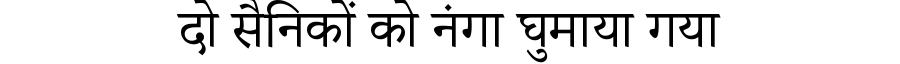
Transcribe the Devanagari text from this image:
दो सैनिकों को नंगा घुमाया गया